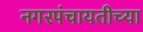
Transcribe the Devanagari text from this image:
नगरपंचायतीच्या